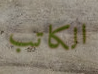
الكاتب